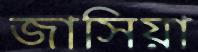
জাসিয়া